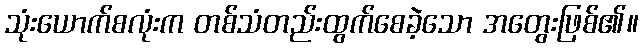
သုံးယောက်စလုံးက တစ်သံတည်းထွက်စေခဲ့သော အတွေးဖြစ်၏။